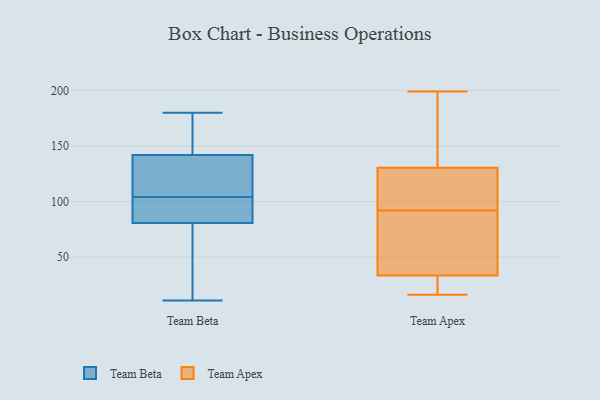
{"axis": {"x": "Humidity (%)", "y": "Value"}, "legend": ["Team Apex", "Team Beta"], "data": [{"x": "", "y": 114, "type": "Team Beta"}, {"x": "", "y": 158, "type": "Team Beta"}, {"x": "", "y": 86, "type": "Team Beta"}, {"x": "", "y": 90, "type": "Team Beta"}, {"x": "", "y": 104, "type": "Team Beta"}, {"x": "", "y": 62, "type": "Team Beta"}, {"x": "", "y": 127, "type": "Team Beta"}, {"x": "", "y": 79, "type": "Team Beta"}, {"x": "", "y": 180, "type": "Team Beta"}, {"x": "", "y": 147, "type": "Team Beta"}, {"x": "", "y": 11, "type": "Team Beta"}, {"x": "", "y": 32, "type": "Team Apex"}, {"x": "", "y": 16, "type": "Team Apex"}, {"x": "", "y": 182, "type": "Team Apex"}, {"x": "", "y": 51, "type": "Team Apex"}, {"x": "", "y": 95, "type": "Team Apex"}, {"x": "", "y": 92, "type": "Team Apex"}, {"x": "", "y": 86, "type": "Team Apex"}, {"x": "", "y": 134, "type": "Team Apex"}, {"x": "", "y": 193, "type": "Team Apex"}, {"x": "", "y": 21, "type": "Team Apex"}, {"x": "", "y": 121, "type": "Team Apex"}, {"x": "", "y": 127, "type": "Team Apex"}, {"x": "", "y": 35, "type": "Team Apex"}, {"x": "", "y": 199, "type": "Team Apex"}, {"x": "", "y": 92, "type": "Team Apex"}, {"x": "", "y": 32, "type": "Team Apex"}]}